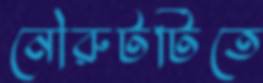
নৌরুটটিতে